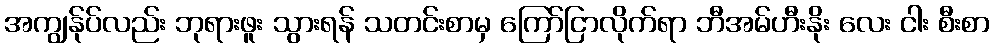
အကျွန်ုပ်လည်း ဘုရားဖူး သွားရန် သတင်းစာမှ ကြော်ငြာလိုက်ရာ ဘီအမ်ဟီးနိုး လေး ငါး စီးစာ